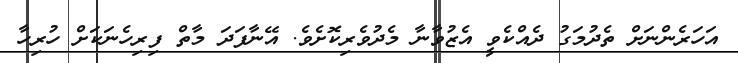
އަހަރެންނަށް ތެދުމަގު ދެއްކެވީ އެޒުވާނާ މެދުވެރިކޮށެވެ. އޭނާފަދަ މާތް ފިރިހެނަކަށް ހުރިހާ